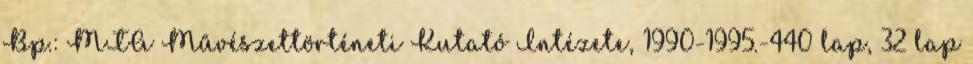
Bp.: MTA Művészettörténeti Kutató Intézete, 1990-1995.-440 lap, 32 lap